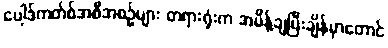
ပေါ့ဒ်ကတ်စ်အစီအစဉ်များ တရားရုံးက အမိန့်ချပြီးချိန်မှာတောင်